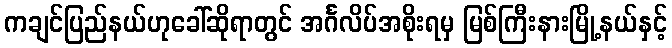
ကချင်ပြည်နယ်ဟုခေါ်ဆိုရာတွင် အင်္ဂလိပ်အစိုးရမှ မြစ်ကြီးနားမြို့နယ်နှင့်